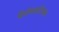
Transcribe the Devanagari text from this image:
सैप्रोफाइटिकस